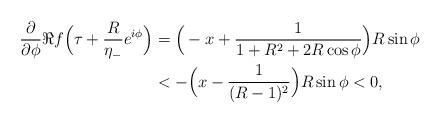
LaTeX: \begin{align*} \frac{\partial}{\partial \phi} \Re{f\Big(\tau+ \frac{R}{\eta_{-}} e^{i\phi}\Big)} &=\Big(-x+\frac{1}{1+R^2+ 2R \cos\phi}\Big) R \sin\phi\\ &< -\Big(x- \frac{1}{(R-1)^2}\Big) R \sin\phi <0, \end{align*}